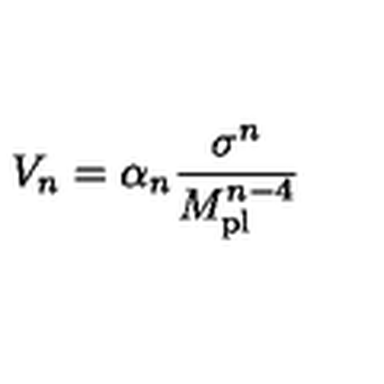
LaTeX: V _ { n } = \alpha _ { n } \frac { \sigma ^ { n } } { M _ { \mathrm { p l } } ^ { n - 4 } }